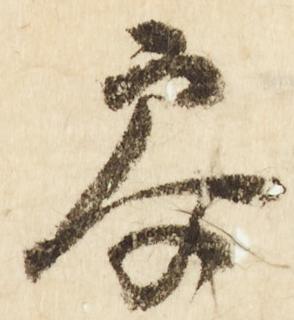
参